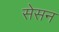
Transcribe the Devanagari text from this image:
सेसन